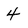
Character: 4